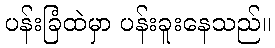
ပန်းခြံထဲမှာ ပန်းခူးနေသည်။